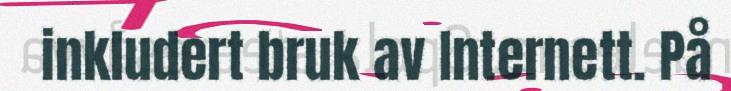
inkludert bruk av Internett. På